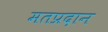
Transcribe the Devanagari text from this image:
मतप्रदान